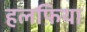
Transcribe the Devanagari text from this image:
हलफ़िया